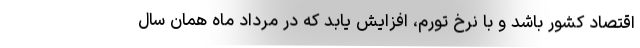
اقتصاد کشور باشد و با نرخ تورم، افزایش یابد که در مرداد ماه همان سال